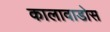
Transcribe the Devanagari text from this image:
कालावाडोस